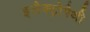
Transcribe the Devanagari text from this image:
इलैक्ट्रोपैथी